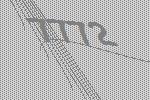
7772